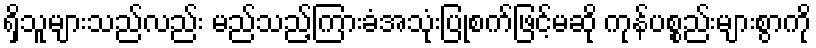
ရှိသူများသည်လည်း မည်သည့်ကြားခံအသုံးပြုစက်ဖြင့်မဆို ကုန်ပစ္စည်းများစွာကို